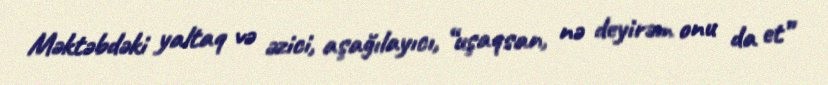
Məktəbdəki yaltaq və əzici, aşağılayıcı, “uşaqsan, nə deyirəm onu da et”